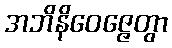
အဘိနိဝေဇ္ဇေတွာ